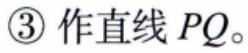
\textcircled{3} 作直线 \(PQ\)。